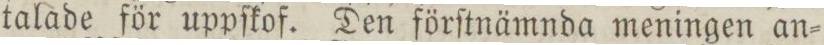
talade för uppſkof. Den förſtnämnda meningen an=